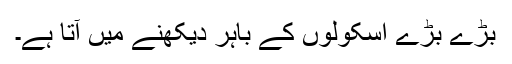
بڑے بڑے اسکولوں کے باہر دیکھنے میں آتا ہے۔